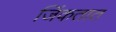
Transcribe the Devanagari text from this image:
जिंकतात